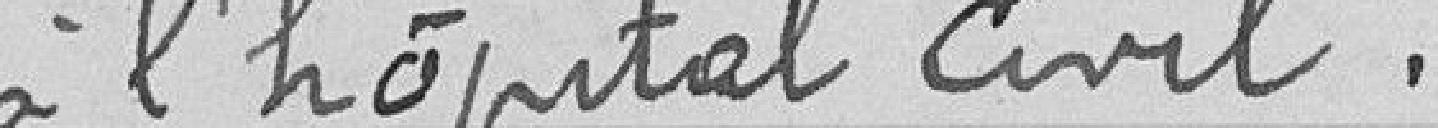
à l'hopital civil .